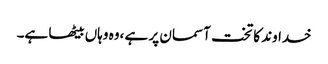
خداوند کا تخت آسمان پر ہے ،وہ وہاں بیٹھا ہے۔